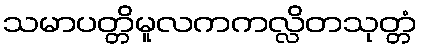
သမာပတ္တိမူလကကလ္လိတသုတ္တံ